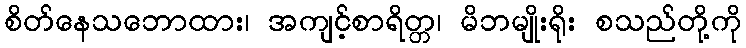
စိတ်နေသဘောထား၊ အကျင့်စာရိတ္တ၊ မိဘမျိုးရိုး စသည်တို့ကို